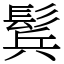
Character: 鬂